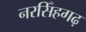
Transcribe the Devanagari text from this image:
नरसिँहगढ़